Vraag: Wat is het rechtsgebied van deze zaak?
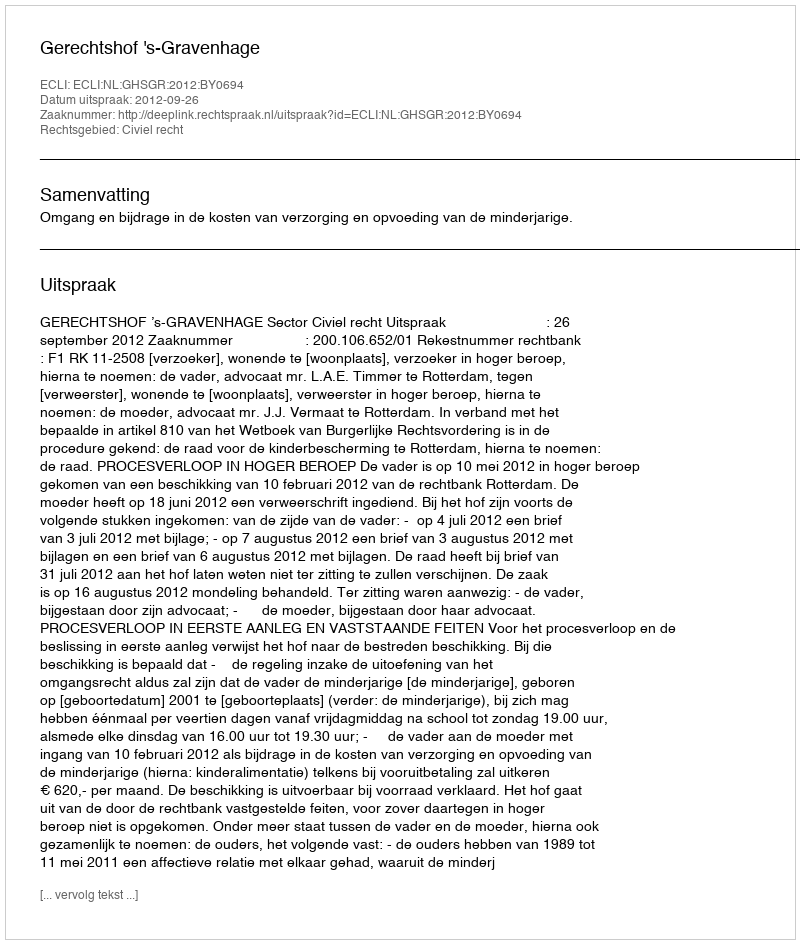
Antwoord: Civiel recht